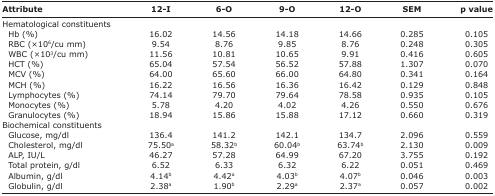
| Attribute | 12-I | 6-O | 9-O | 12-O | SEM | p value |
 | --- | --- | --- | --- | --- | --- | --- |
 | Hematological constituents |  |  |  |  |  |  |
 | Hb (%) | 16.02 | 14.56 | 14.18 | 14.66 | 0.285 | 0.105 |
 | RBC (×106/cu mm) | 9.54 | 8.76 | 9.85 | 8.76 | 0.248 | 0.305 |
 | WBC (×103/cu mm) | 11.56 | 10.81 | 10.65 | 9.91 | 0.416 | 0.605 |
 | HCT (%) | 65.04 | 57.54 | 56.52 | 57.88 | 1.307 | 0.070 |
 | MCV (%) | 64.00 | 65.60 | 66.00 | 64.80 | 0.341 | 0.164 |
 | MCH (%) | 16.22 | 16.56 | 16.36 | 16.42 | 0.129 | 0.848 |
 | Lymphocytes (%) | 74.14 | 79.70 | 79.64 | 78.58 | 0.935 | 0.105 |
 | Monocytes (%) | 5.78 | 4.20 | 4.02 | 4.26 | 0.550 | 0.676 |
 | Granulocytes (%) | 18.94 | 15.86 | 15.88 | 17.12 | 0.660 | 0.319 |
 | Biochemical constituents |  |  |  |  |  |  |
 | Glucose, mg/dl | 136.4 | 141.2 | 142.1 | 134.7 | 2.096 | 0.559 |
 | Cholesterol, mg/dl | 75.50a | 58.32b | 60.04b | 63.74b | 2.130 | 0.009 |
 | ALP, IU/L | 46.27 | 57.28 | 64.99 | 67.20 | 3.755 | 0.192 |
 | Total protein, g/dl | 6.52 | 6.33 | 6.32 | 6.22 | 0.051 | 0.469 |
 | Albumin, g/dl | 4.14b | 4.42a | 4.03b | 4.07b | 0.046 | 0.003 |
 | Globulin, g/dl | 2.38a | 1.90b | 2.29a | 2.37a | 0.057 | 0.002 |